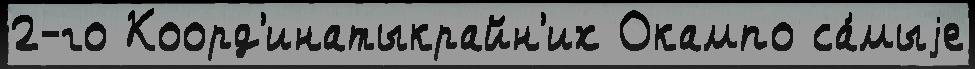
2-го Коорд'инатыкрайн'их Окампо са́мыjе